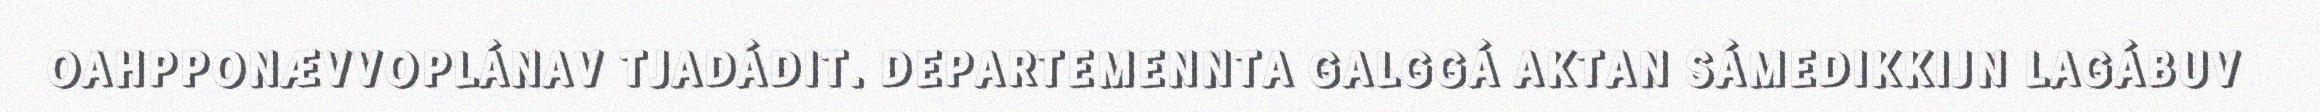
OAHPPONÆVVOPLÁNAV TJADÁDIT. DEPARTEMENNTA GALGGÁ AKTAN SÁMEDIKKIJN LAGÁBUV